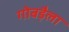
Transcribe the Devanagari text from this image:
गोबड़ैला